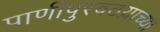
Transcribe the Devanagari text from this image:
पाणीपुरवठय़ाच्या